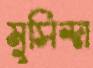
মুসিন্দা